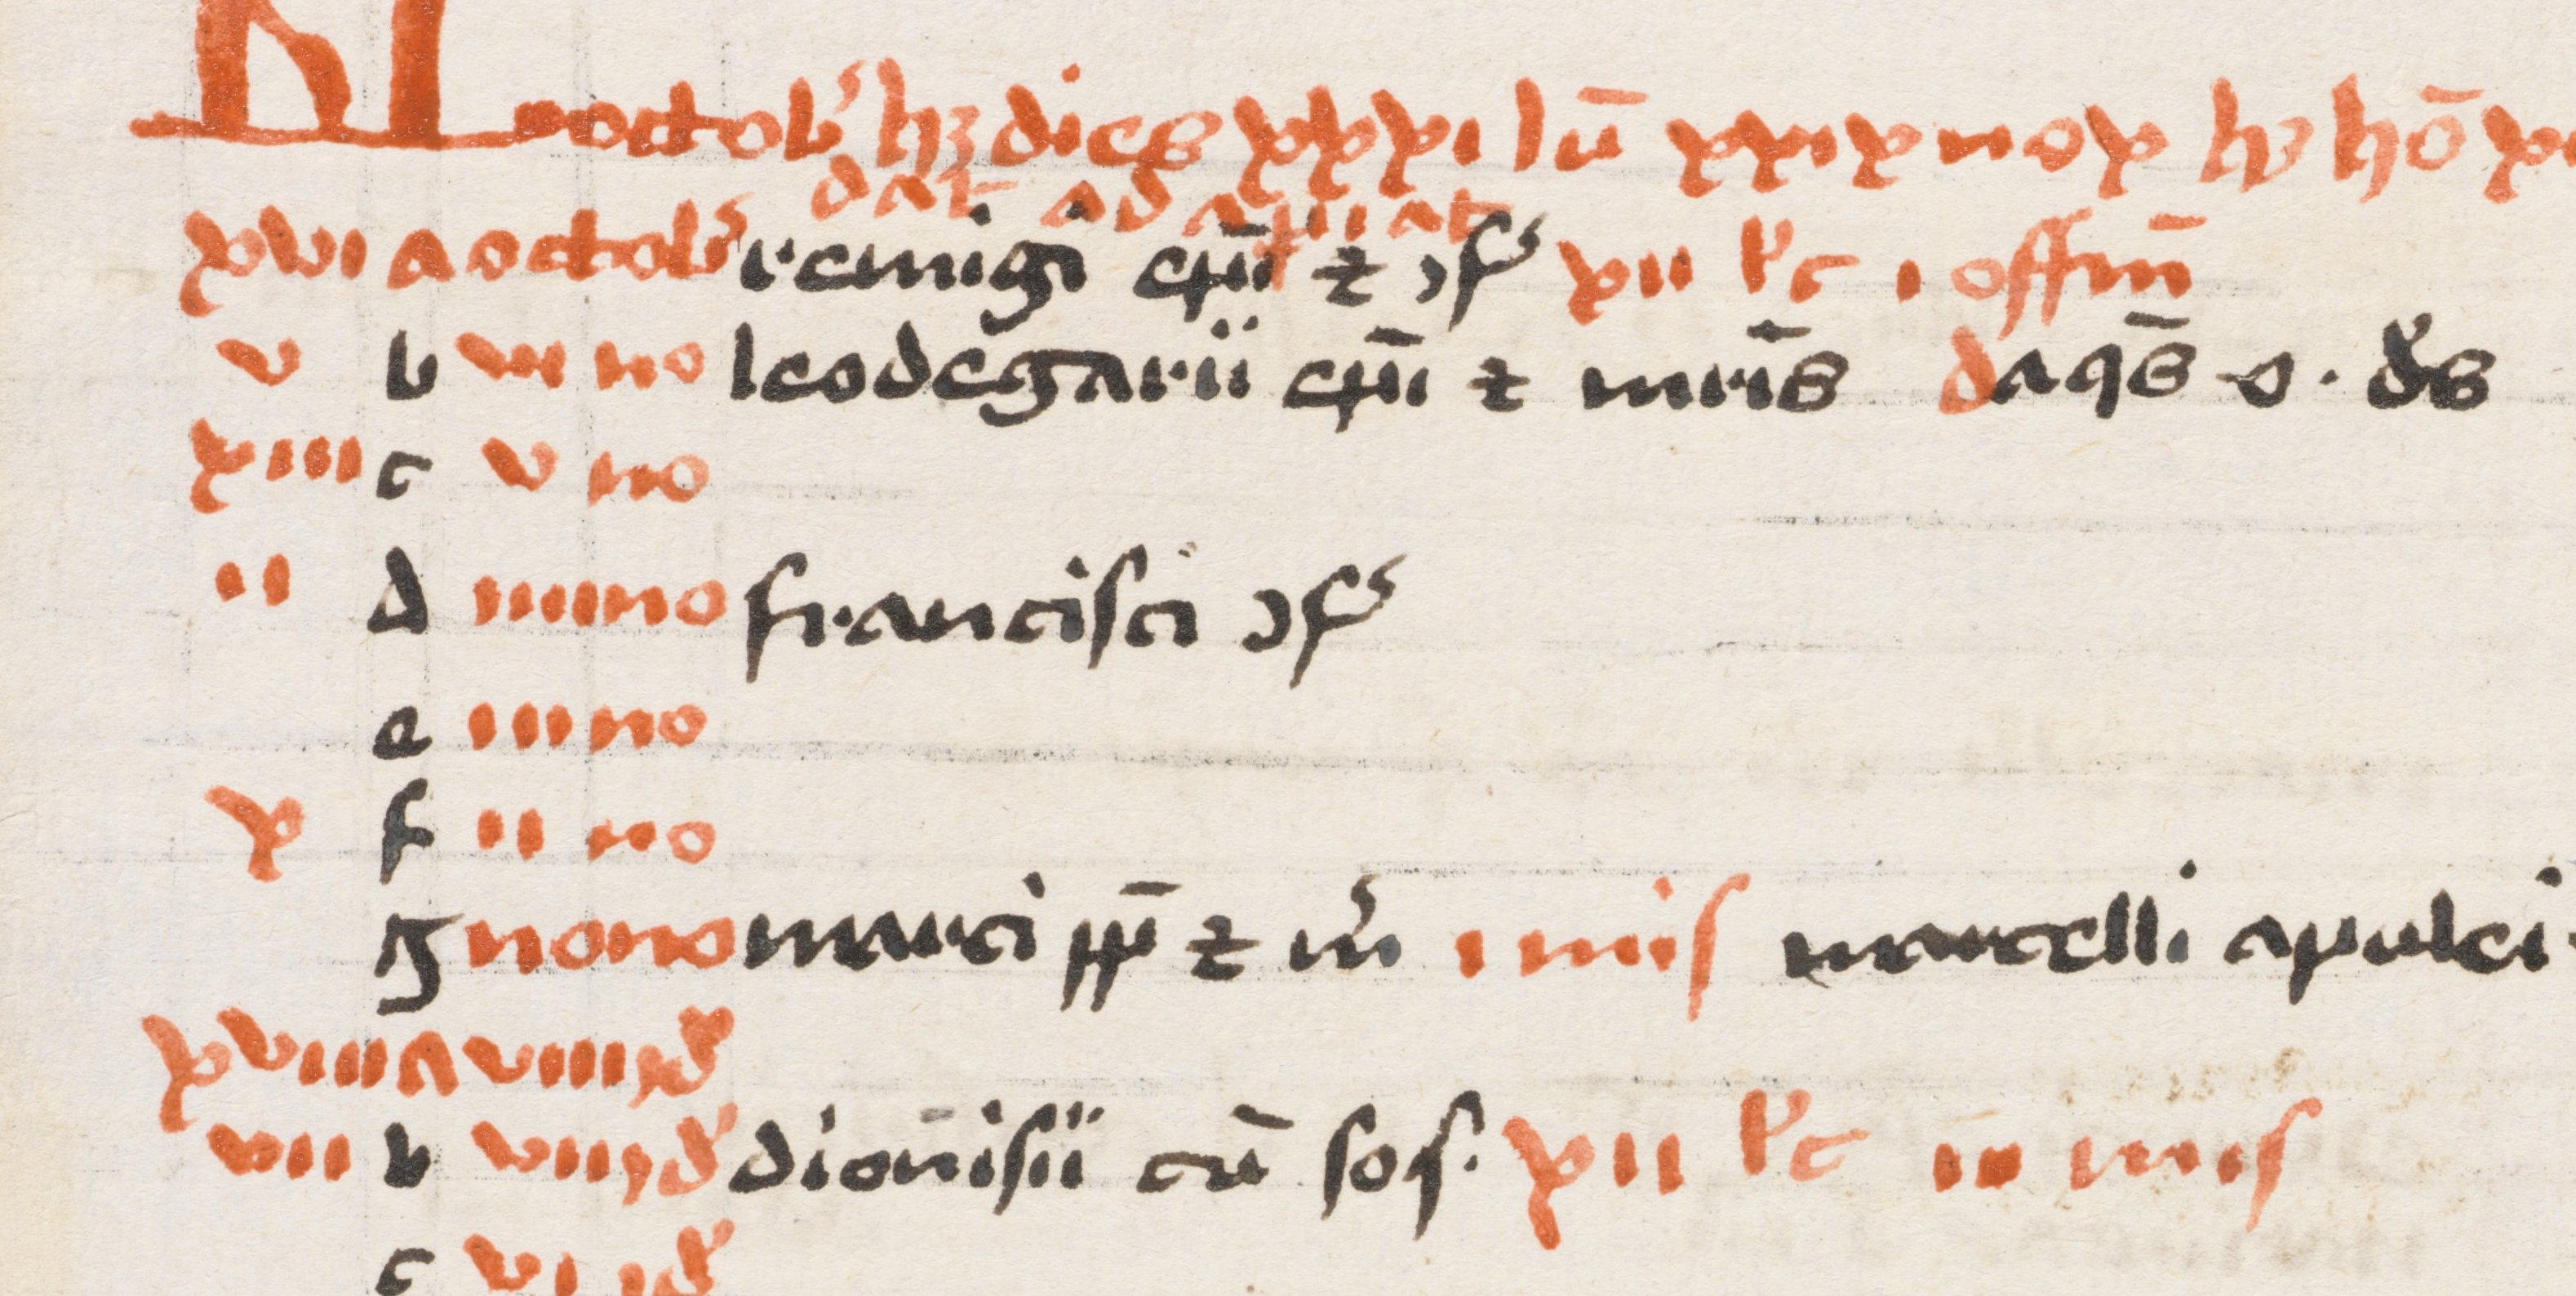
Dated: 1400–1499